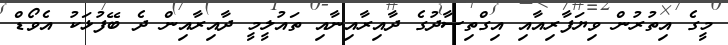
މީގެ އިތުރުން ވިޔަފާރިއާއި އިގްތިސާދުގެ ދާއިރާއިނާއި ތައުލީމީ ދާއިރާއިން ދެ ބޭފުޅަކު އެވޯޑް